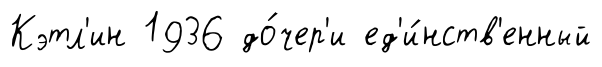
Кэтл'ин 1936 до́чер'и ед'и́нств'енный